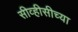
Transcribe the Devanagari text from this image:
सीव्हीसीच्या